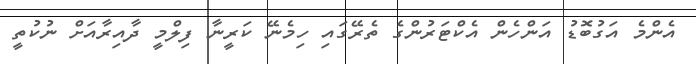
އެންމެ އަގުބޮޑު އަންހެން އެކްޓަރުންގެ ތެރޭގައި ހިމެނޭ ކަރީނާ ފިލްމީ ދާއިރާއަށް ނުކުތީ